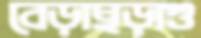
বেড়াছড়াগু